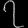
Digit: ၇